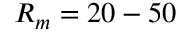
\ensuremath { R _ { m } } = 2 0 - 5 0